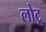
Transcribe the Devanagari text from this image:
लोटू